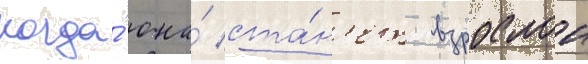
когда́ она́ ста́н'ет взрослои